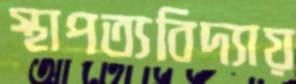
স্থাপত্যবিদ্যায়